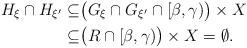
LaTeX: \begin{align*}H_{\xi} \cap H_{\xi'}\subseteq &\big( G_\xi\cap G_{\xi'}\cap[\beta,\gamma)\big)\times X\\ \subseteq &\big( R\cap [\beta,\gamma)\big)\times X=\emptyset.\end{align*}